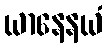
ယာနေနယံ